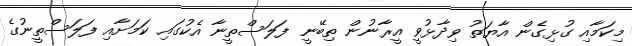
މިކަމާއި ގުޅިގެން އާޔަތު ވިދާޅުވީ އީރާނުން ތިބޭނީ ފަލަސްތީނާ އެކުގައި ކަމަށާއި ފަލަސްތީނުގެ